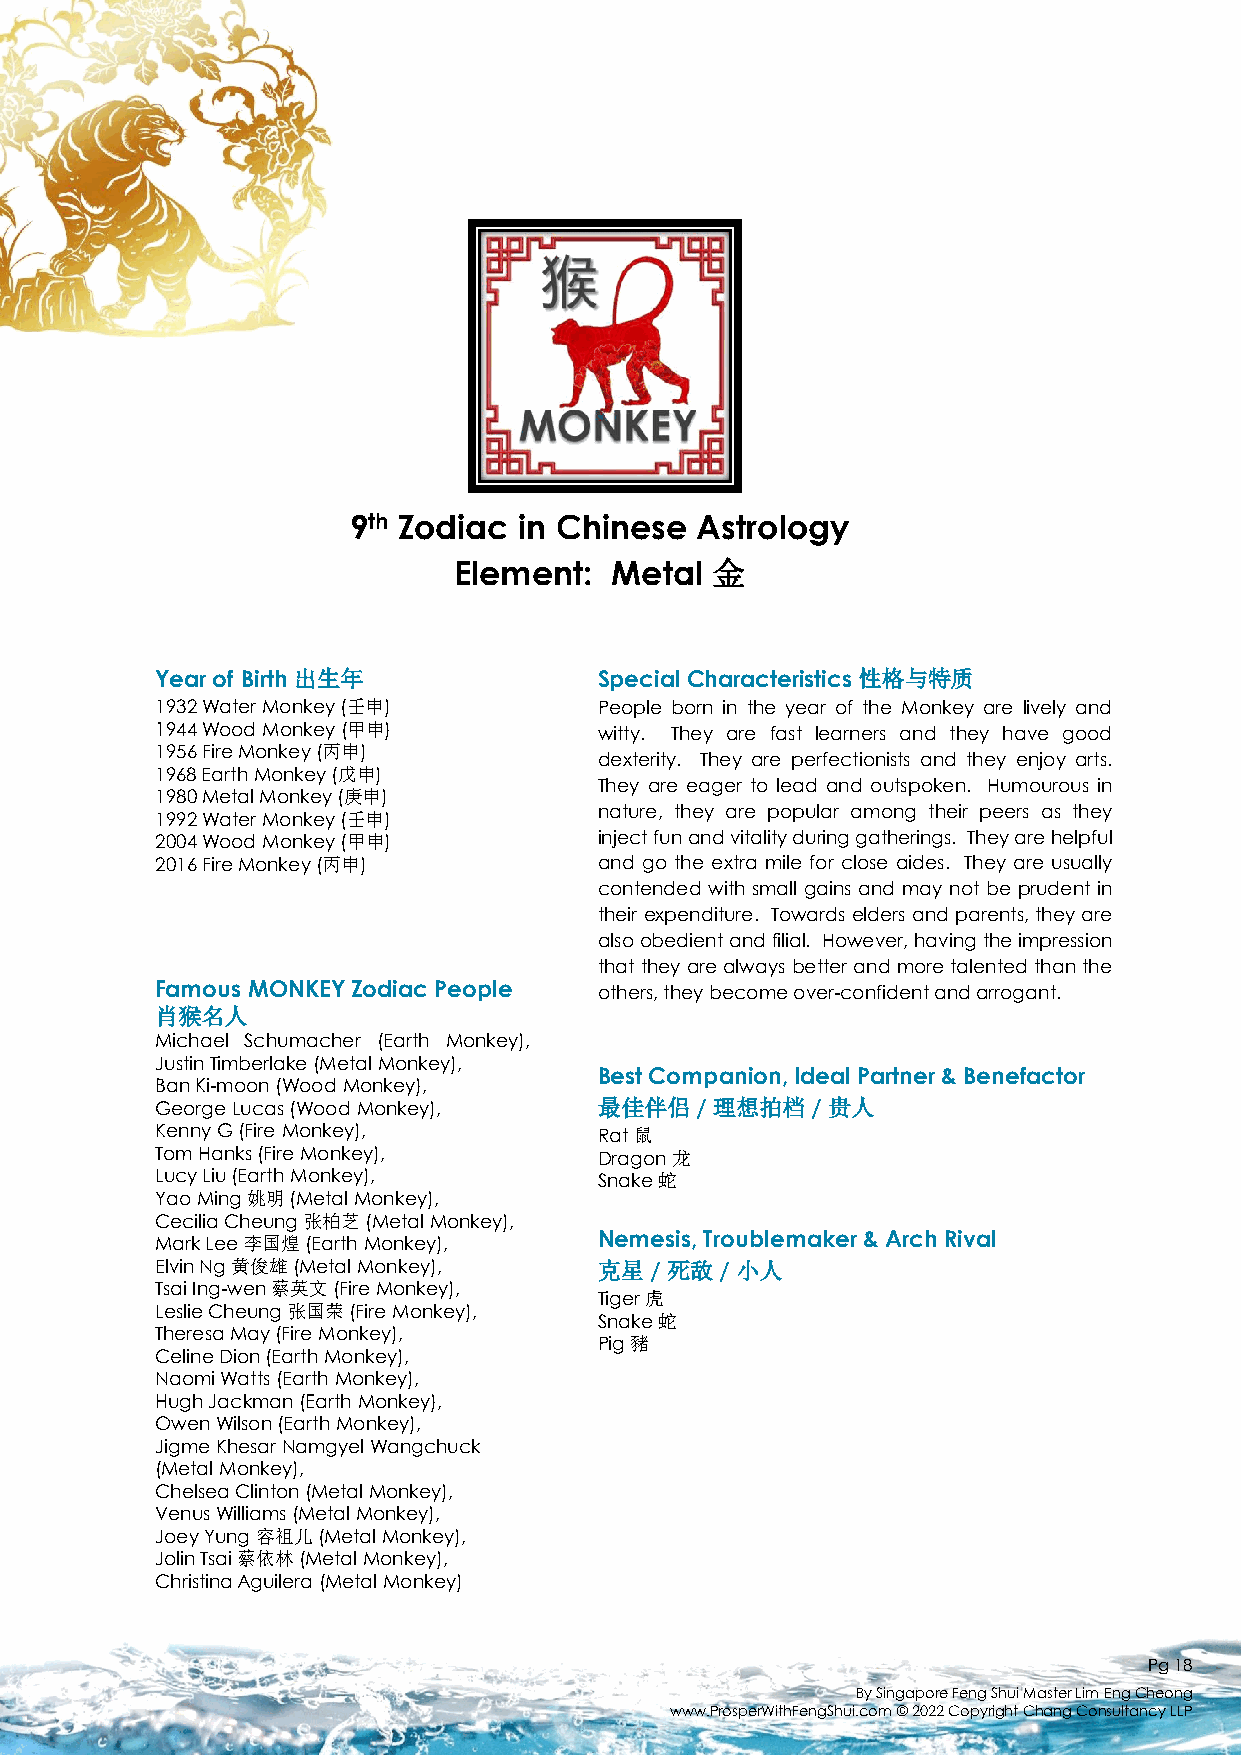
9th Zodiac in Chinese  Astrology
 Element:  Metal  金
 Year of Birth 出生年             SpecialCharacteristics性格与特质
 1932 Water Monkey (壬申)        People born in the year of the Monkey are lively and
 1944 Wood Monkey (甲申)         witty. They are fast learners and they have good
 1956 Fire Monkey (丙申)
 dexterity. They are perfectionists and they enjoy arts.
 1968 Earth Monkey (戊申)
 They are eager to lead and outspoken. Humourous in
 1980 Metal Monkey (庚申)
 nature, they are popular among their peers as they
 1992 Water Monkey (壬申)
 2004 Wood Monkey (甲申)         injectfunandvitalityduringgatherings. Theyarehelpful
 2016 Fire Monkey (丙申)         and go the extra mile for close aides. They are usually
 contended with small gains and may not be prudent in
 their expenditure. Towards elders andparents,they are
 alsoobedientandfilial. However,havingtheimpression
 thattheyarealwaysbetter andmoretalentedthanthe
 Famous MONKEY Zodiac People   others,theybecomeover-confidentandarrogant.
 肖猴名人
 Michael Schumacher (Earth Monkey),
 JustinTimberlake(MetalMonkey),
 Best Companion, Ideal Partner & Benefactor
 BanKi-moon(Wood Monkey),
 GeorgeLucas(Wood Monkey),     最佳伴侣/  理想拍档/   贵人
 KennyG(FireMonkey),           Rat 鼠
 Tom Hanks (Fire Monkey),      Dragon 龙
 Lucy Liu (Earth Monkey),      Snake 蛇
 Yao Ming 姚明(Metal Monkey),
 Cecilia Cheung 张柏芝(Metal Monkey),
 Mark Lee 李国煌(Earth Monkey),   Nemesis, Troublemaker & Arch Rival
 Elvin Ng 黄俊雄(Metal Monkey),   克星/ 死敌/  小人
 Tsai Ing-wen 蔡英文(Fire Monkey),
 Tiger 虎
 Leslie Cheung 张国荣(Fire Monkey),
 Snake 蛇
 Theresa May (Fire Monkey),
 Pig 豬
 Celine Dion (Earth Monkey),
 Naomi Watts (Earth Monkey),
 Hugh Jackman (Earth Monkey),
 Owen Wilson (Earth Monkey),
 Jigme KhesarNamgyelWangchuck
 (Metal Monkey),
 Chelsea Clinton (Metal Monkey),
 Venus Williams (Metal Monkey),
 Joey Yung 容祖儿(Metal Monkey),
 JolinTsai 蔡依林(Metal Monkey),
 Christina Aguilera (Metal Monkey)
 Pg18
 By Singapore Feng Shui Master Lim EngCheong
 www.ProsperWithFengShui.com © 2022 Copyright Chang Consultancy LLP